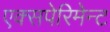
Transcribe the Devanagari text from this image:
एक्सपेरिमेन्ट